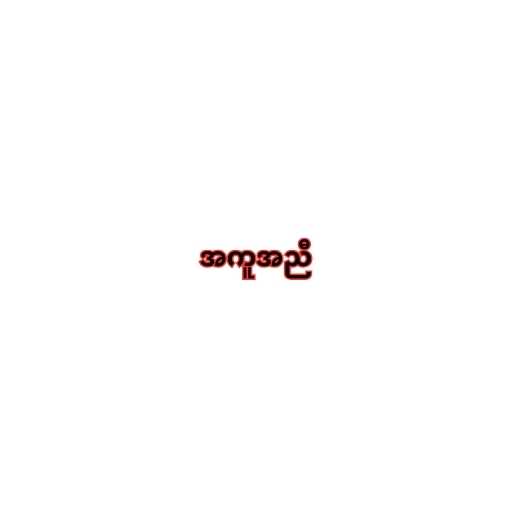
အကူအညီ